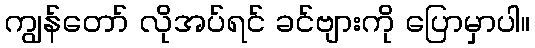
ကျွန်တော် လိုအပ်ရင် ခင်ဗျားကို ပြောမှာပါ။